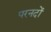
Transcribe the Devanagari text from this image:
परनदों